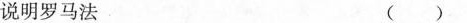
说明罗马法 ()